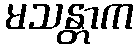
မသန္တာက